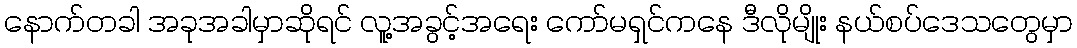
နောက်တခါ အခုအခါမှာဆိုရင် လူ့အခွင့်အရေး ကော်မရှင်ကနေ ဒီလိုမျိုး နယ်စပ်ဒေသတွေမှာ